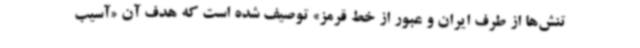
تنش‌ها از طرف ایران و عبور از خط قرمز» توصیف شده است که هدف آن «آسیب